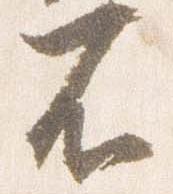
不